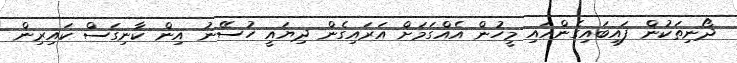
ދޯނިތަކުން ފައިބައިގެންއައި މީހުން އެއްގަމަށް އަރައިގެން ދިޔައީ ހުސޭނު އިން ކާނިގަސް ކައިރިން